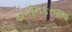
યકીનકરવામા